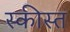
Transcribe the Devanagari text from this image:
स्कीस्त